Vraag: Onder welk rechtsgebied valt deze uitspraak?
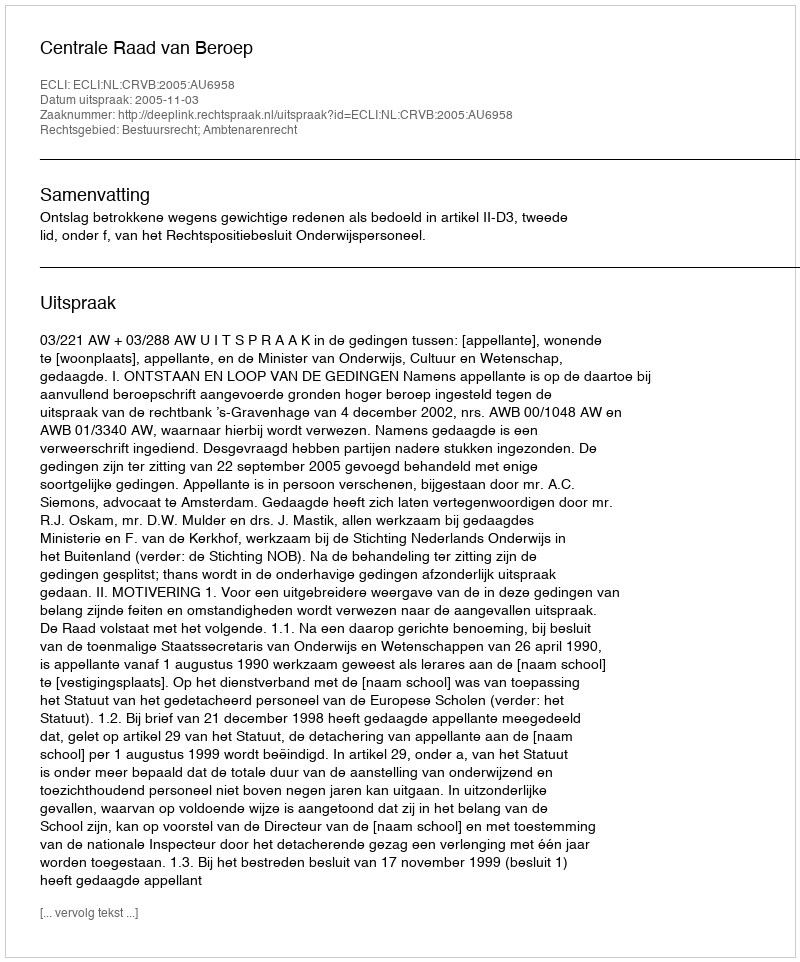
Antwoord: Bestuursrecht; Ambtenarenrecht